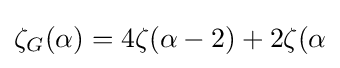
\textstyle \zeta _{G}(\alpha )=4\zeta (\alpha -2)+2\zeta (\alpha